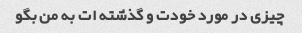
چیزی در مورد خودت و گذشته ات به من بگو